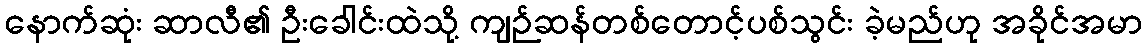
နောက်ဆုံး ဆာလီ၏ ဦးခေါင်းထဲသို့ ကျဉ်ဆန်တစ်တောင့်ပစ်သွင်း ခဲ့မည်ဟု အခိုင်အမာ